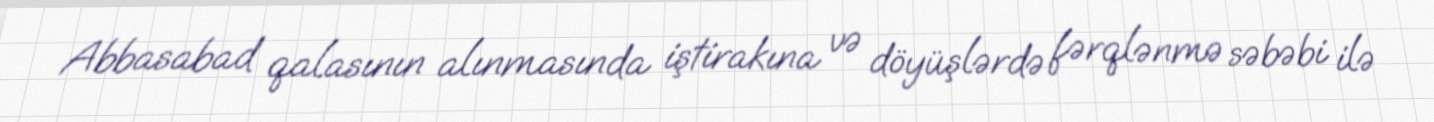
Abbasabad qalasının alınmasında iştirakına və döyüşlərdə fərqlənmə səbəbi ilə